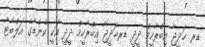
ޑރ ޚަދީޖާ އިބްރާހީމް ދީދީ ޑރޚަދީޖާ އިބްރާހީމް ދީދީ އަކީ ކެނެޑާގެ އަލްބާޓާ